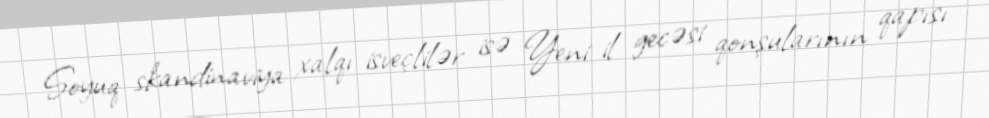
Soyuq skandinaviya xalqı isveçlilər isə Yeni il gecəsi qonşularının qapısı